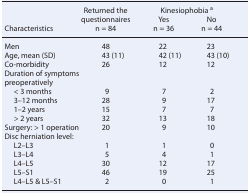
<table><thead><tr><td rowspan="3"><b>Characteristics</b></td><td rowspan="2"><b>Returned the questionnaires</b></td><td colspan="2"><b>Kinesiophobia <sup>a</sup></b></td></tr><tr><td><b>Yes</b></td><td><b>No</b></td></tr><tr><td><b>n = 84</b></td><td><b>n = 36</b></td><td><b>n = 44</b></td></tr></thead><tbody><tr><td>Men</td><td>48</td><td>22</td><td>23</td></tr><tr><td>Age, mean (SD)</td><td>43 (11)</td><td>42 (11)</td><td>43 (10)</td></tr><tr><td>Co-morbidity</td><td>26</td><td>12</td><td>12</td></tr><tr><td>Duration of symptoms preoperatively</td><td></td><td></td><td></td></tr><tr><td> &lt; 3 months</td><td>9</td><td>7</td><td>2</td></tr><tr><td> 3–12 months</td><td>28</td><td>9</td><td>17</td></tr><tr><td> 2 years</td><td>15</td><td>7</td><td>7</td></tr><tr><td> &gt; 2 years</td><td>32</td><td>13</td><td>18</td></tr><tr><td>Surgery: &gt; 1 operation</td><td>20</td><td>9</td><td>10</td></tr><tr><td>Disc herniation level:</td><td></td><td></td><td></td></tr><tr><td> L2–L3</td><td>1</td><td>1</td><td>0</td></tr><tr><td> L3–L4</td><td>5</td><td>4</td><td>1</td></tr><tr><td> L4–L5</td><td>30</td><td>12</td><td>17</td></tr><tr><td> L5–S1</td><td>46</td><td>19</td><td>25</td></tr><tr><td> L4–L5 &amp; L5–S1</td><td>2</td><td>0</td><td>1</td></tr></tbody></table>